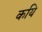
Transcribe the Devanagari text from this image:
कयि